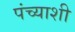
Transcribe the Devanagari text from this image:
पंच्याशी